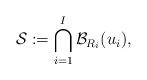
LaTeX: \begin{align*}\mathcal{S} := \bigcap_{i=1}^I \mathcal{B}_{R_i} (u_i),\end{align*}